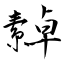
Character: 繛